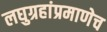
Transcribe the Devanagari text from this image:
लघुग्रहांप्रमाणेच